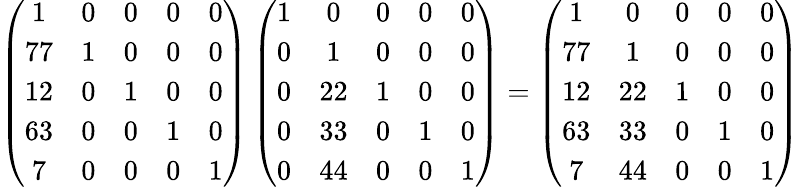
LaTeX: \left({\begin{array}{ccccc}{1}&{0}&{0}&{0}&{0}\\ {77}&{1}&{0}&{0}&{0}\\ {12}&{0}&{1}&{0}&{0}\\ {63}&{0}&{0}&{1}&{0}\\ {7}&{0}&{0}&{0}&{1}\end{array}}\right)\left({\begin{array}{ccccc}{1}&{0}&{0}&{0}&{0}\\ {0}&{1}&{0}&{0}&{0}\\ {0}&{22}&{1}&{0}&{0}\\ {0}&{33}&{0}&{1}&{0}\\ {0}&{44}&{0}&{0}&{1}\end{array}}\right)=\left({\begin{array}{ccccc}{1}&{0}&{0}&{0}&{0}\\ {77}&{1}&{0}&{0}&{0}\\ {12}&{22}&{1}&{0}&{0}\\ {63}&{33}&{0}&{1}&{0}\\ {7}&{44}&{0}&{0}&{1}\end{array}}\right)